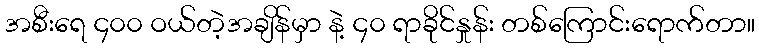
အစီးရေ ၄၀၀ ဝယ်တဲ့အချိန်မှာ နဲ့ ၄၀ ရာခိုင်နှုန်း တစ်ကြောင်းရောက်တာ။